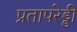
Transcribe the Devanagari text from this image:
प्रतापरेड्डी